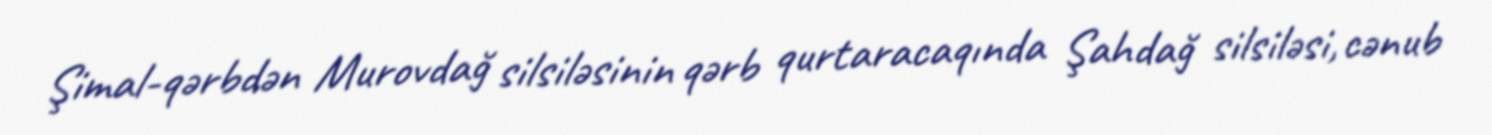
Şimal-qərbdən Murovdağ silsiləsinin qərb qurtaracaqında Şahdağ silsiləsi, cənub